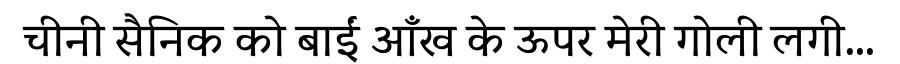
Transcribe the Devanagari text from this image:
चीनी सैनिक को बाईं आँख के ऊपर मेरी गोली लगी...